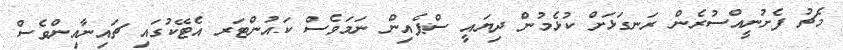
މެޗު ފެށުނީއްސުރެން ރަނގަޅަށް ކުޅެމުން ދިޔައީ ސްޕެއިން ނަމަވެސް ކައުންޓަރ އެޓޭކުގައި ޗައިނާއިންވެސް